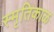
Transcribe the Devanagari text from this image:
स्मृतिकाळ